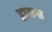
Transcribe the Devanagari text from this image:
हाकस